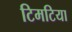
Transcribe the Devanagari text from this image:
टिमटिया